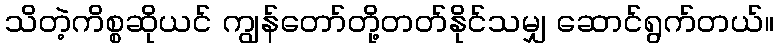
သိတဲ့ကိစ္စဆိုယင် ကျွန်တော်တို့တတ်နိုင်သမျှ ဆောင်ရွက်တယ်။